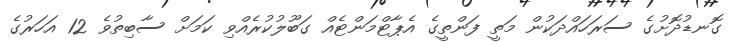
ގޮނޑުދޮށުގެ ސަރަހައްދަކުން މަތީ ފަންތީގެ އެޕާޓްމަންޓެއް ގަބޫލުކުރެއްވި ކަމަށް ސާބިތުވެ 12 އަހަރުގެ